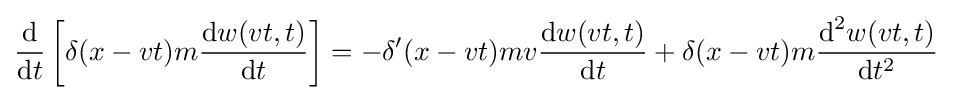
{\frac {\mbox{d}}{{\mbox{d}}t}}\left[\delta (x-vt)m{\frac {{\mbox{d}}w(vt,t)}{{\mbox{d}}t}}\right]=-\delta ^{\prime }(x-vt)mv{\frac {{\mbox{d}}w(vt,t)}{{\mbox{d}}t}}+\delta (x-vt)m{\frac {{\mbox{d}}^{2}w(vt,t)}{{\mbox{d}}t^{2}}}\